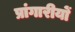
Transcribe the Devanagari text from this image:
प्रांगारीयों